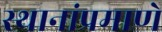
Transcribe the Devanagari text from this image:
स्थानांप्रमाणे